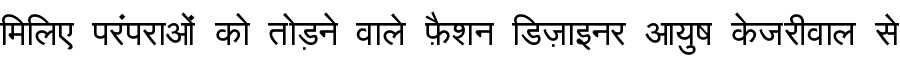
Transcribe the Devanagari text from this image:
मिलिए परंपराओं को तोड़ने वाले फ़ैशन डिज़ाइनर आयुष केजरीवाल से